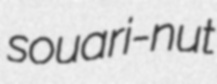
souari-nut